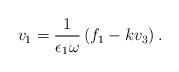
LaTeX: \begin{align*}v_1 = \frac{1}{\epsilon_1 \omega}\left(f_1 - k v_3 \right).\end{align*}